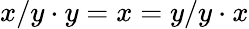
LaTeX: x/y\cdot y=x=y/y\cdot x